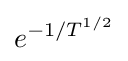
e^{-1/T^{1/2}}